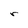
Character: r